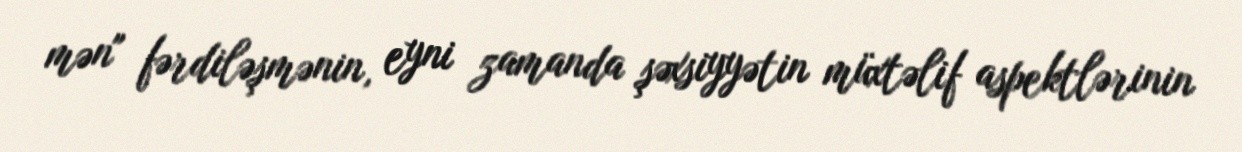
mən" fərdiləşmənin, eyni zamanda şəxsiyyətin müxtəlif aspektlərinin